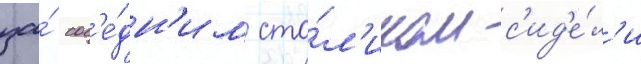
за́ сос'е́дн'им сто́л'иком с'ид'е́л'и